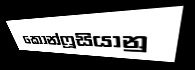
කොන්ෆූසියානු